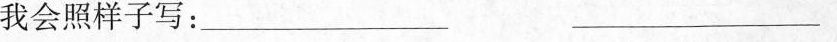
我会照样子写：___ ___